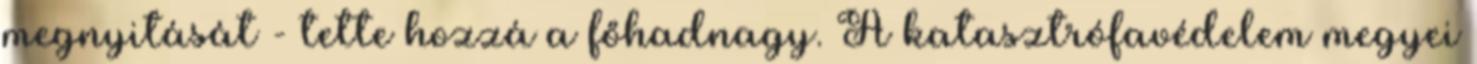
megnyitását - tette hozzá a főhadnagy. A katasztrófavédelem megyei